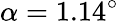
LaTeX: \alpha=1.14^{\circ}